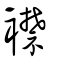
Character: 襟